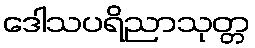
ဒေါသပရိညာသုတ္တ